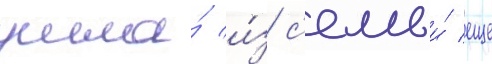
ушла́ и́з с'емьи́ еще